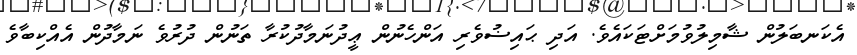
އެކަނބަލުން ޝާމިލުވުމަށްޓަކައެވެ. އަދި ޙައިޟުވެރި އަންހެނުން ޢީދުނަމާދުކުރާ ތަނުން ދުރުވެ ނަމާދުން އެއްކިބާވެ